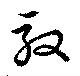
馭